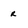
Character: r